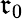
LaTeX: \mathfrak{r}_{0}